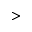
>